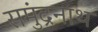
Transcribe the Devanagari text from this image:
समुंद्रनाथ